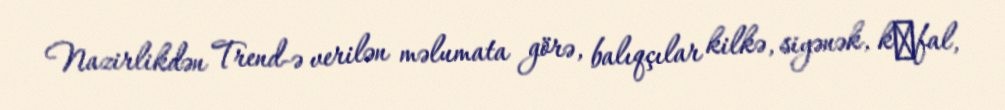
Nazirlikdən Trend-ə verilən məlumata görə, balıqçılar kilkə, siyənək, kеfal,